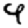
Digit: 9